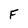
Character: F